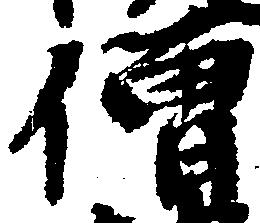
僧